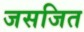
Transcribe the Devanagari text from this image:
जसजित